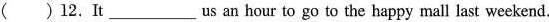
() 12.It___ us an hour to go to the happy mall last weekend.